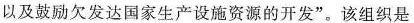
以及鼓励欠发达国家生产设施资源的开发”。该组织是